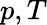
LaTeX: p,T